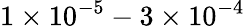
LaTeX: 1\times 10^{-5}-3\times 10^{-4}